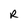
Character: R